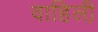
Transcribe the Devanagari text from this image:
वाहिली़